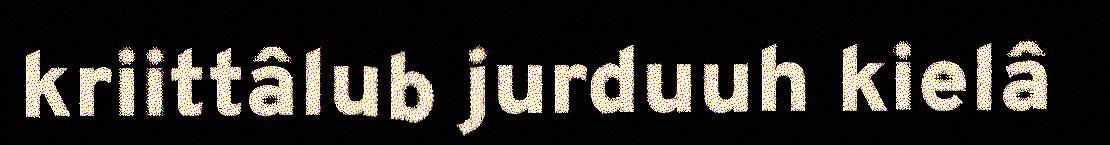
kriittâlub jurduuh kielâ